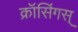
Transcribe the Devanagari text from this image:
क्रॉसिंगस्